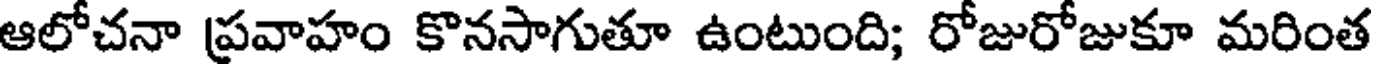
ఆలోచనా ప్రవాహం కొనసాగుతూ ఉంటుంది; రోజురోజుకూ మరింత